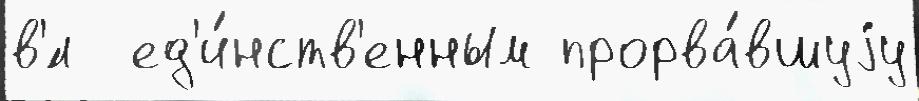
в'́л  ед'и́нств'енным прорва́вшуjу